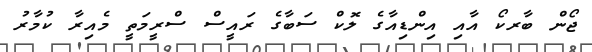
ޖޯން ބާރކޯ އާއި އިންޑިއާގެ ލޮކް ސަބާގެ ރައީސް ސްރީމަތީ މެއިރާ ކުމާރު